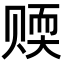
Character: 𬥻